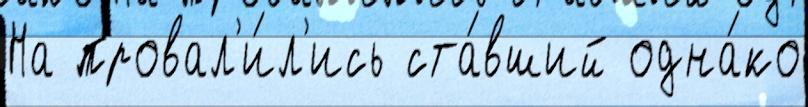
На провал'и́л'ись ста́вший одна́ко